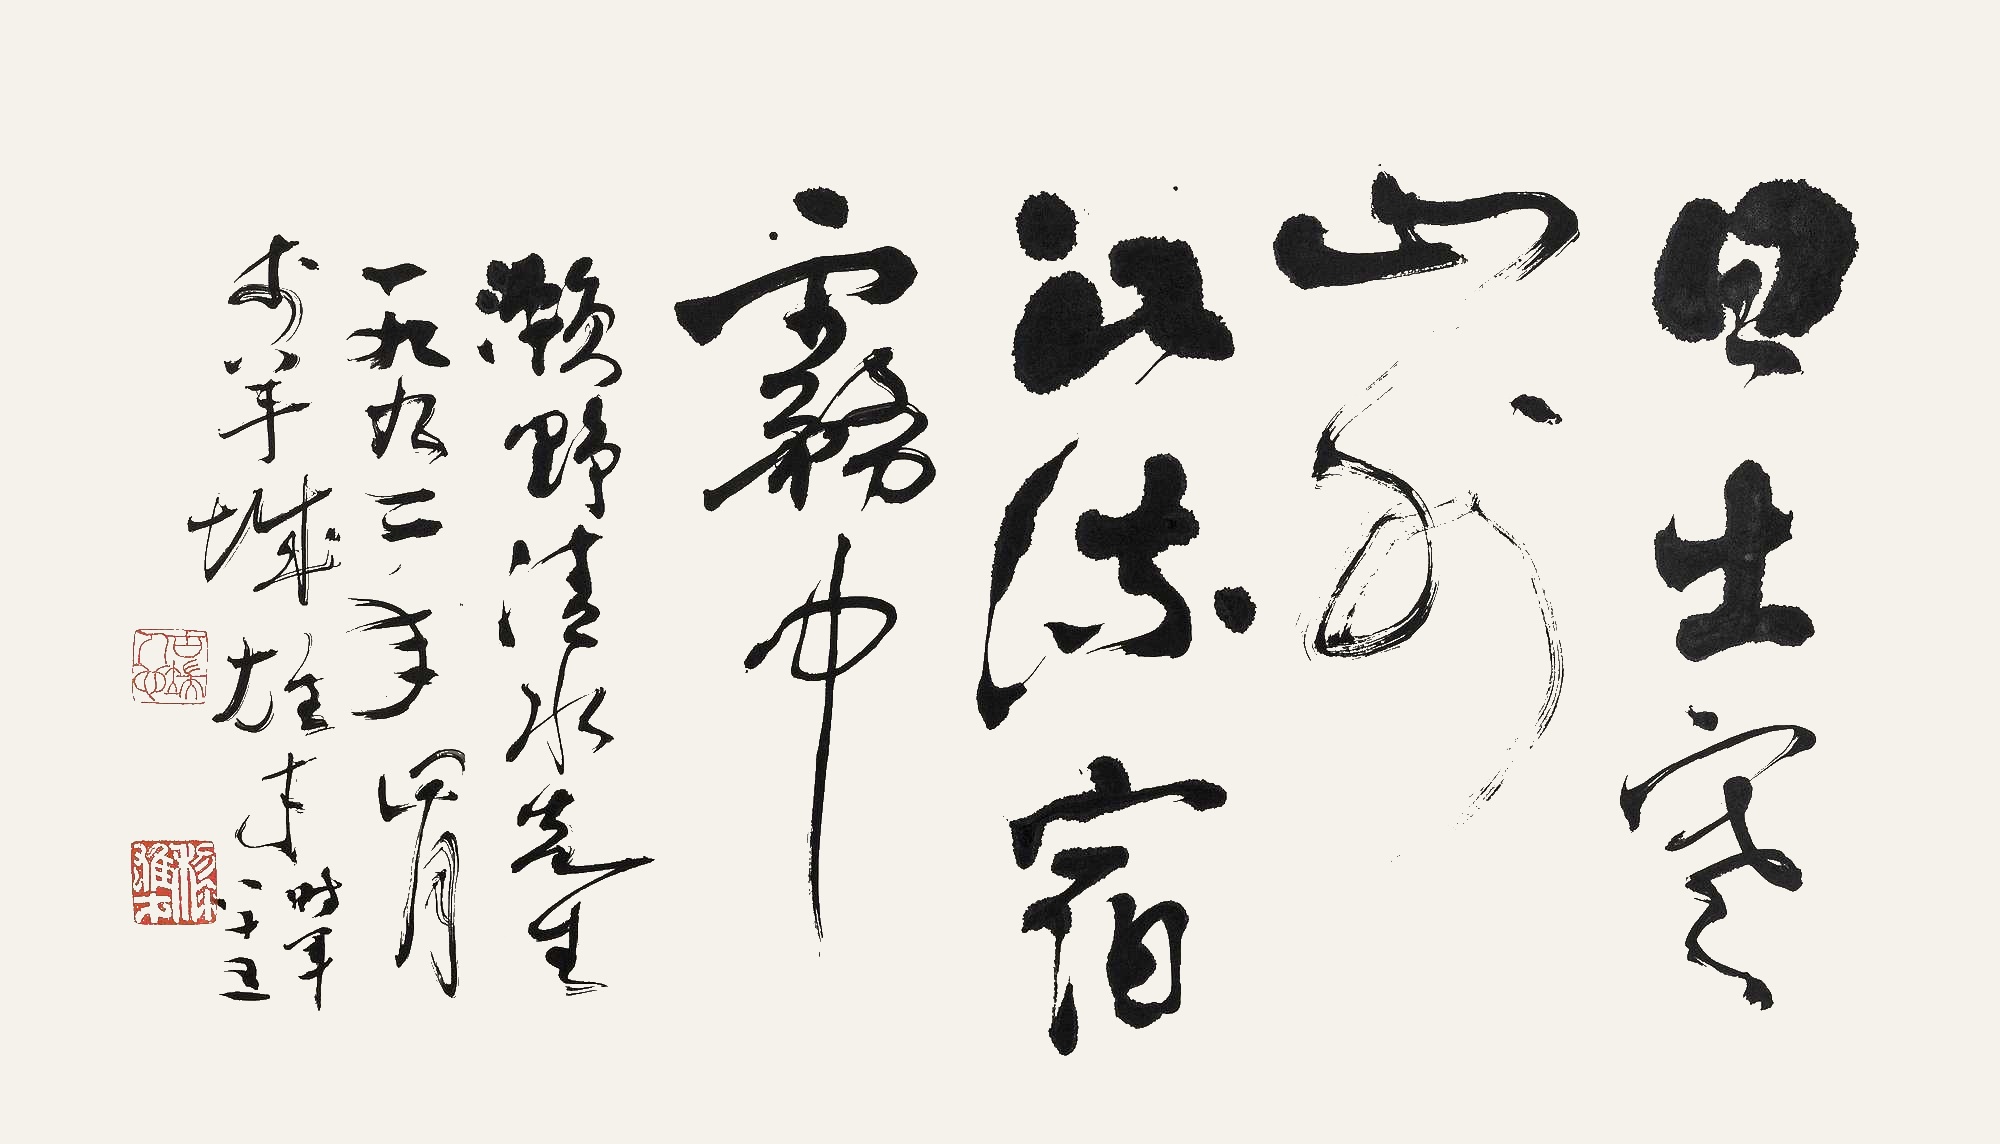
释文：日出寒山外，江流宿雾中。濑野清水先生。一九九二年四月于羊城，雄才时年八十五。